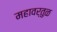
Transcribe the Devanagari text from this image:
महावर्तुळ